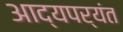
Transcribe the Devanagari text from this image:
आद्यपर्यंत